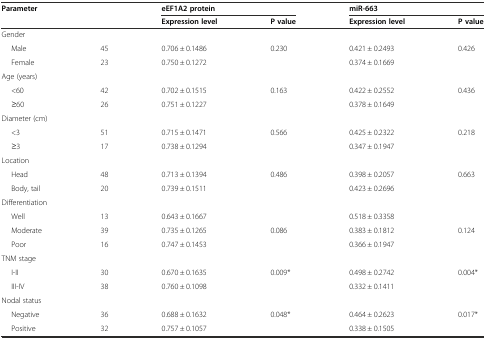
| Parameter |  | <COLSPAN=2> eEF1A2 protein | <COLSPAN=2> miR-663 |
 |  |  | Expression level | P value | Expression level | P value |
 | --- | --- | --- | --- | --- | --- |
 | Gender |  |  |  |  |  |
 | Male | 45 | 0.706 ± 0.1486 | 0.230 | 0.421 ± 0.2493 | 0.426 |
 | Female | 23 | 0.750 ± 0.1272 |  | 0.374 ± 0.1669 |  |
 | Age (years) |  |  |  |  |  |
 | <60 | 42 | 0.702 ± 0.1515 | 0.163 | 0.422 ± 0.2552 | 0.436 |
 | ≥60 | 26 | 0.751 ± 0.1227 |  | 0.378 ± 0.1649 |  |
 | Diameter (cm) |  |  |  |  |  |
 | <3 | 51 | 0.715 ± 0.1471 | 0.566 | 0.425 ± 0.2322 | 0.218 |
 | ≥3 | 17 | 0.738 ± 0.1294 |  | 0.347 ± 0.1947 |  |
 | Location |  |  |  |  |  |
 | Head | 48 | 0.713 ± 0.1394 | 0.486 | 0.398 ± 0.2057 | 0.663 |
 | Body, tail | 20 | 0.739 ± 0.1511 |  | 0.423 ± 0.2696 |  |
 | Differentiation |  |  |  |  |  |
 | Well | 13 | 0.643 ± 0.1667 |  | 0.518 ± 0.3358 |  |
 | Moderate | 39 | 0.735 ± 0.1265 | 0.086 | 0.383 ± 0.1812 | 0.124 |
 | Poor | 16 | 0.747 ± 0.1453 |  | 0.366 ± 0.1947 |  |
 | TNM stage |  |  |  |  |  |
 | I-II | 30 | 0.670 ± 0.1635 | 0.009* | 0.498 ± 0.2742 | 0.004* |
 | III-IV | 38 | 0.760 ± 0.1098 |  | 0.332 ± 0.1411 |  |
 | Nodal status |  |  |  |  |  |
 | Negative | 36 | 0.688 ± 0.1632 | 0.048* | 0.464 ± 0.2623 | 0.017* |
 | Positive | 32 | 0.757 ± 0.1057 |  | 0.338 ± 0.1505 |  |